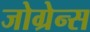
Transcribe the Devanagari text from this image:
जोग्रेन्स